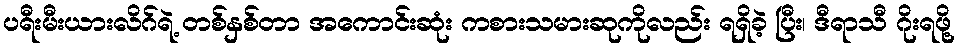
ပရီးမီးယားလိဂ်ရဲ့ တစ်နှစ်တာ အကောင်းဆုံး ကစားသမားဆုကိုလည်း ရရှိခဲ့ ပြီး၊ ဒီရာသီ ဂိုးရဖို့